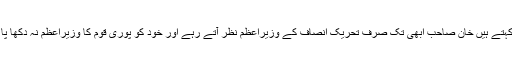
ناقدین کہتے ہیں خان صاحب ابھی تک صرف تحریک انصاف کے وزیراعظم نظر آتے رہے اور خود کو پوری قوم کا وزیراعظم نہ دکھا پا سکے۔